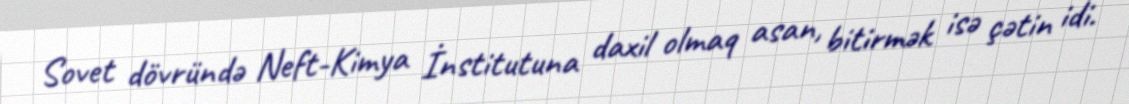
Sovet dövründə Neft-Kimya İnstitutuna daxil olmaq asan, bitirmək isə çətin idi.